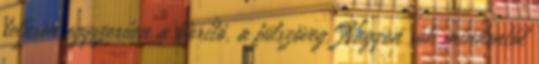
teljesen egyszerűen a borító, a fülszöveg. Nagyon sok mindentől